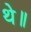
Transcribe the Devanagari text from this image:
थे॥